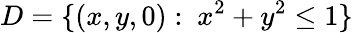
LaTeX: D=\{ (x,y,0):\ x^{2}+y^{2}\leq 1\}